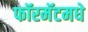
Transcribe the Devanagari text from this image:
फॉरमॅटमधे